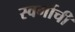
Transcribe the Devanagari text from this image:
स्वर्गाची